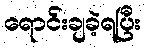
ရောင်းချခဲ့ရပြီး